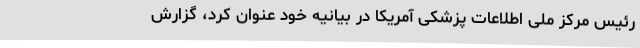
رئیس مرکز ملی اطلاعات پزشکی آمریکا در بیانیه خود عنوان کرد، گزارش